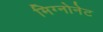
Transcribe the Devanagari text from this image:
मिग्नोनेट